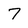
Character: 7